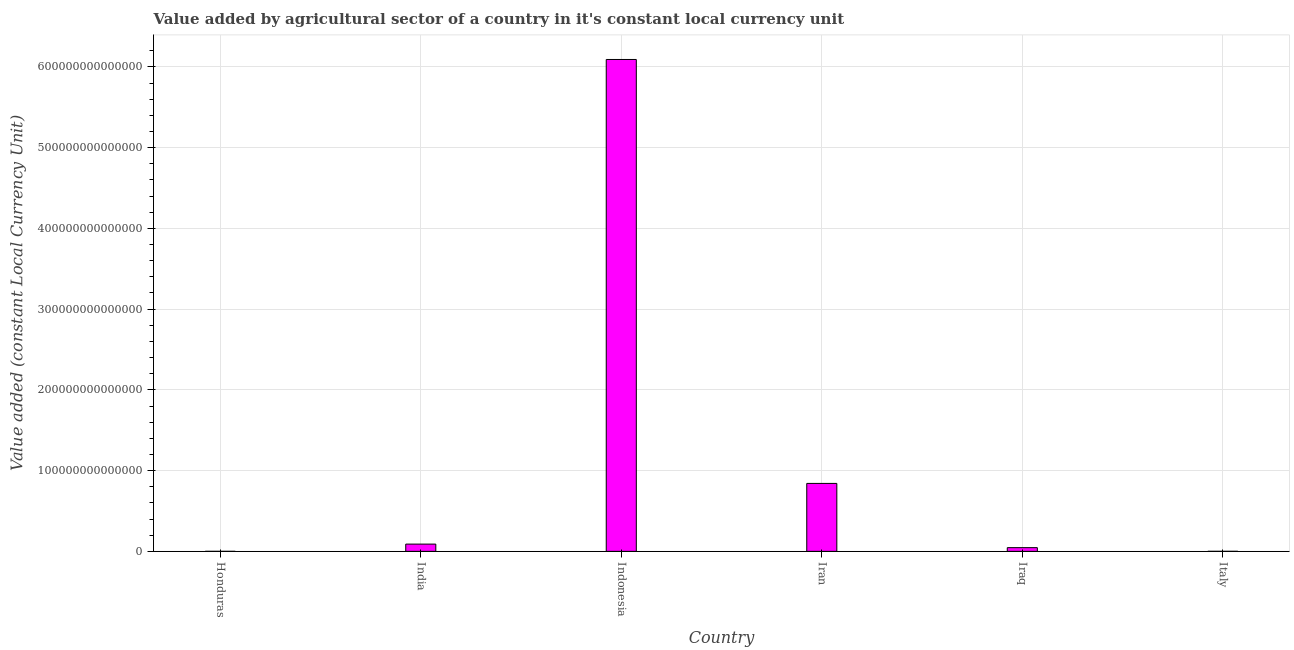
| Country | Agriculture |
 | --- | --- |
 | Honduras | 1.32e+10 |
 | India | 8.99e+12 |
 | Indonesia | 6.09e+14 |
 | Iran | 8.41e+13 |
 | Iraq | 4.59e+12 |
 | Italy | 2.67e+10 |